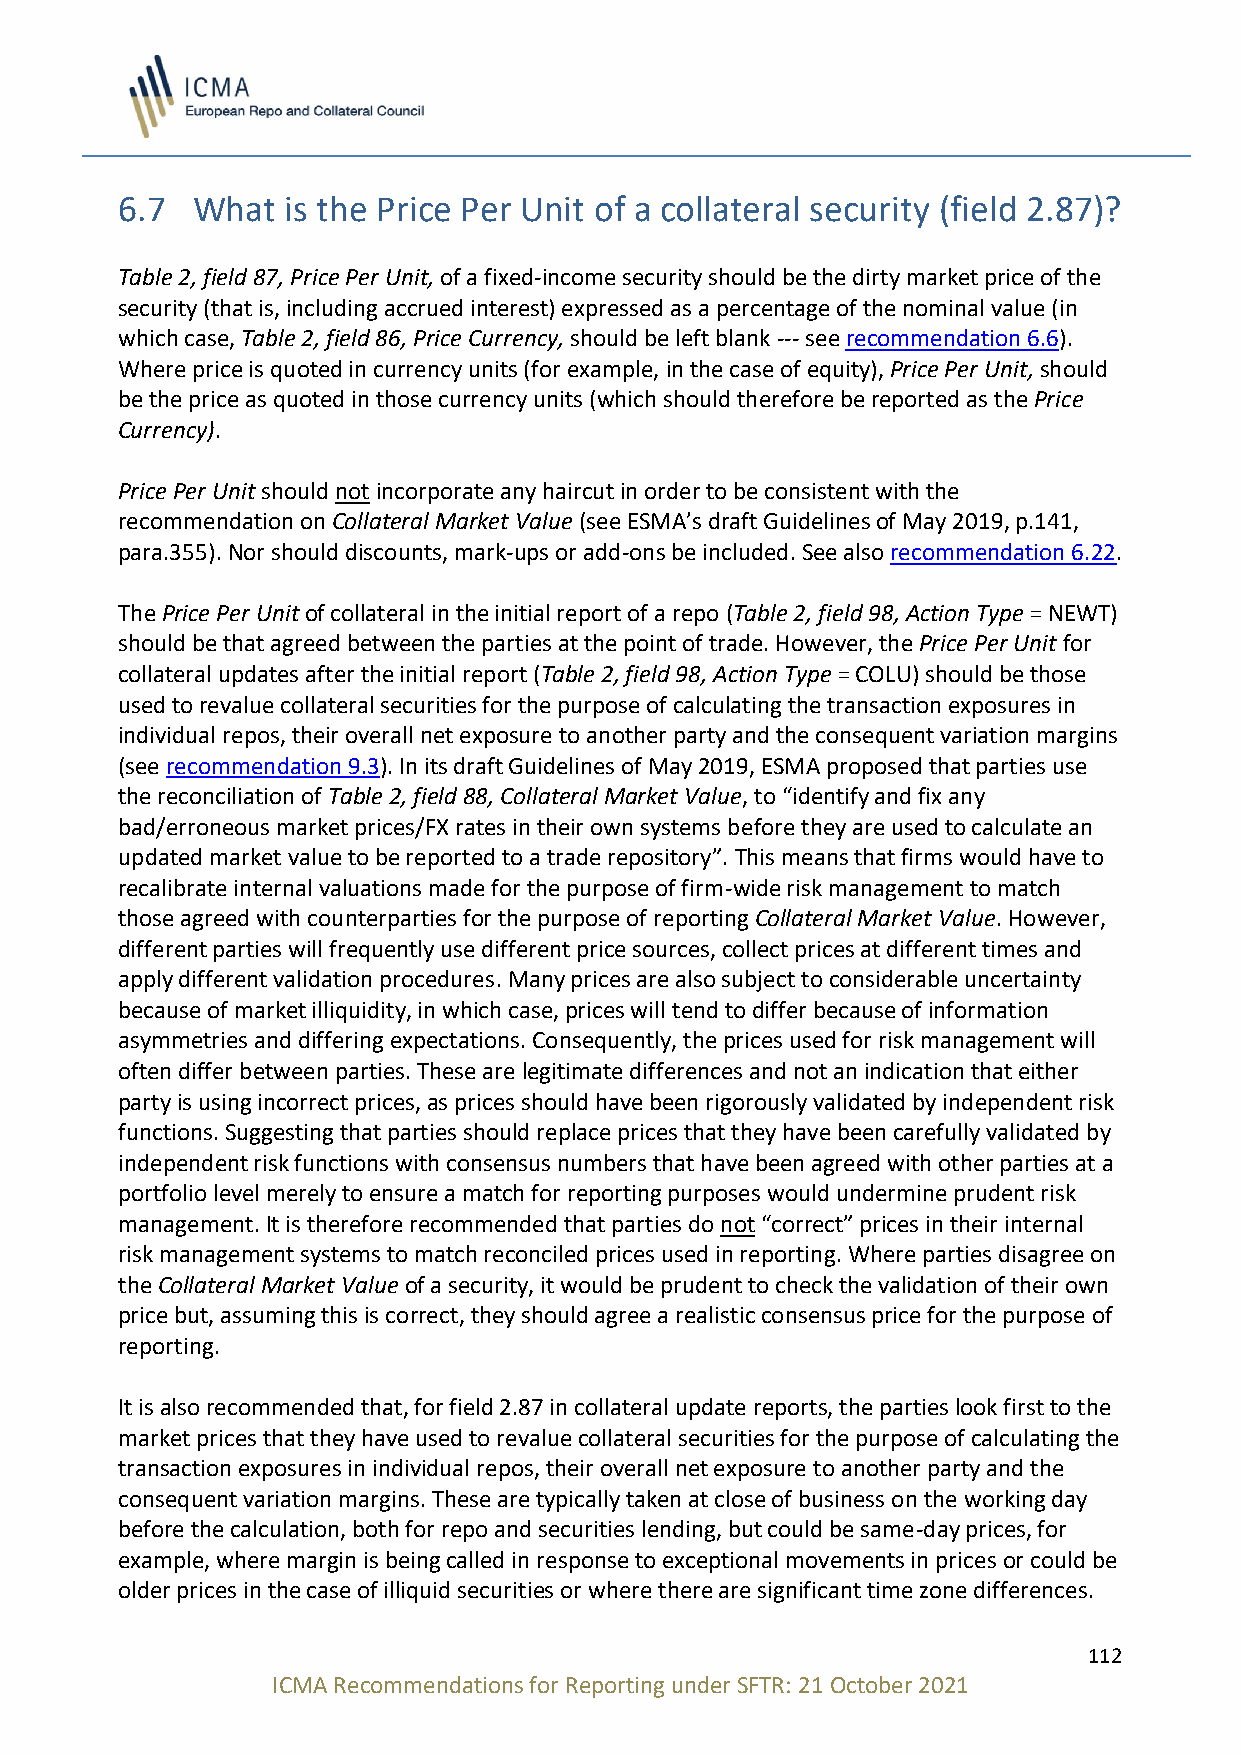
6.7  What  is the Price Per Unit of a collateral security (field 2.87)?
 Table 2, field 87, Price Per Unit, of a fixed-income security should be the dirty market price of the
 security (that is, including accrued interest) expressed as a percentage of the nominal value (in
 which case, Table 2, field 86, Price Currency, should be left blank --- see recommendation 6.6).
 Where price is quoted in currency units (for example, in the case of equity), Price Per Unit, should
 be the price as quoted in those currency units (which should therefore be reported as the Price
 Currency).
 Price Per Unit should not incorporate any haircut in order to be consistent with the
 recommendation on Collateral Market Value (see ESMA’s draft Guidelines of May 2019, p.141,
 para.355). Nor should discounts, mark-ups or add-ons be included. See also recommendation 6.22.
 The Price Per Unit of collateral in the initial report of a repo (Table 2, field 98, Action Type = NEWT)
 should be that agreed between the parties at the point of trade. However, the Price Per Unit for
 collateral updates after the initial report (Table 2, field 98, Action Type = COLU) should be those
 used to revalue collateral securities for the purpose of calculating the transaction exposures in
 individual repos, their overall net exposure to another party and the consequent variation margins
 (see recommendation 9.3). In its draft Guidelines of May 2019, ESMA proposed that parties use
 the reconciliation of Table 2, field 88, Collateral Market Value, to “identify and fix any
 bad/erroneous market prices/FX rates in their own systems before they are used to calculate an
 updated market value to be reported to a trade repository”. This means that firms would have to
 recalibrate internal valuations made for the purpose of firm-wide risk management to match
 those agreed with counterparties for the purpose of reporting Collateral Market Value. However,
 different parties will frequently use different price sources, collect prices at different times and
 apply different validation procedures. Many prices are also subject to considerable uncertainty
 because of market illiquidity, in which case, prices will tend to differ because of information
 asymmetries and differing expectations. Consequently, the prices used for risk management will
 often differ between parties. These are legitimate differences and not an indication that either
 party is using incorrect prices, as prices should have been rigorously validated by independent risk
 functions. Suggesting that parties should replace prices that they have been carefully validated by
 independent risk functions with consensus numbers that have been agreed with other parties at a
 portfolio level merely to ensure a match for reporting purposes would undermine prudent risk
 management. It is therefore recommended that parties do not “correct” prices in their internal
 risk management systems to match reconciled prices used in reporting. Where parties disagree on
 the Collateral Market Value of a security, it would be prudent to check the validation of their own
 price but, assuming this is correct, they should agree a realistic consensus price for the purpose of
 reporting.
 It is also recommended that, for field 2.87 in collateral update reports, the parties look first to the
 market prices that they have used to revalue collateral securities for the purpose of calculating the
 transaction exposures in individual repos, their overall net exposure to another party and the
 consequent variation margins. These are typically taken at close of business on the working day
 before the calculation, both for repo and securities lending, but could be same-day prices, for
 example, where margin is being called in response to exceptional movements in prices or could be
 older prices in the case of illiquid securities or where there are significant time zone differences.
 112
 ICMA Recommendations for Reporting under SFTR: 21 October 2021